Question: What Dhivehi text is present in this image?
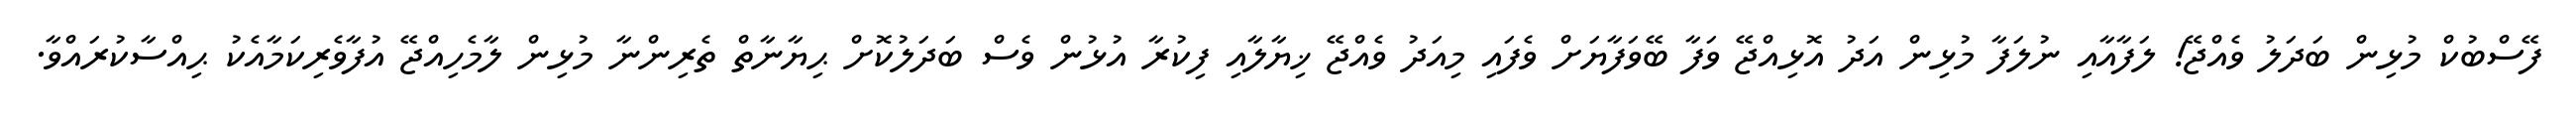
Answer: ފޭސްބުކް މުޅިން ބަދަލު ވެއްޖޭ! ލަފާއާއި ނުލަފާ މުޅިން އަދު އޮޅިއްޖޭ ވަފާ ބޭވަފާޔަށް ވެފައި މިއަދު ވެއްޖޭ ޚިޔާލާއި ފިކުރާ އުޅުން ވެސް ބަދަލުކޮށް ޙިޔާނާތް ތެރިންނާ މުޅިން ލާމެހިއްޖޭ އުފާވެރިކަމާއެކު ޙިއްސާކުރައްވާ.